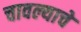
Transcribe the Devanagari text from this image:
चावल्याचे